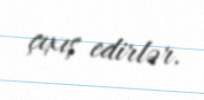
çıxış edirlər.